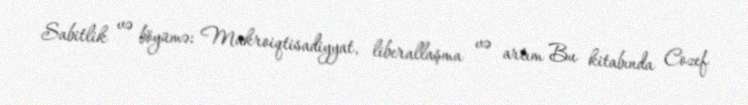
Sabitlik və böyümə: Makroiqtisadiyyat, liberallaşma və artım Bu kitabında Cozef